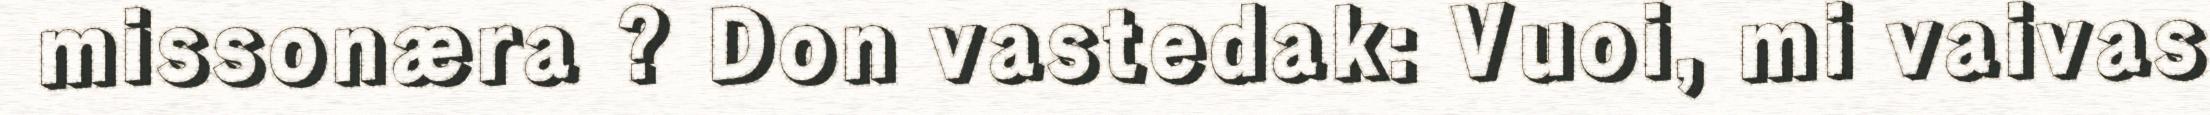
missonæra ? Don vastedak: Vuoi, mi vaivas